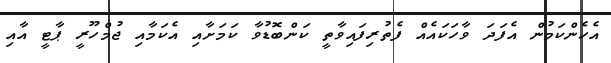
އެހެންކަމުން އެފަދަ ވާހަކައެއް ފެތުރިފައިވާތީ ކަންބޮޑުވާ ކަމަށާއި އެކަމާއި ޖުމްހޫރީ ޕާޓީ އާއި